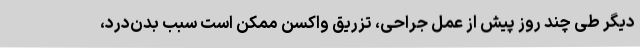
دیگر طی چند روز پیش از عمل جراحی، تزریق واکسن ممکن است سبب بدن‌درد،